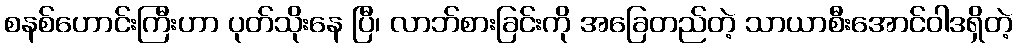
စနစ်ဟောင်းကြီးဟာ ပုတ်သိုးနေ ပြီ၊ လာဘ်စားခြင်းကို အခြေတည်တဲ့ သာယာစီးအောင်ဝါဒရှိတဲ့